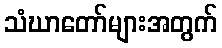
သံဃာတော်များအတွက်